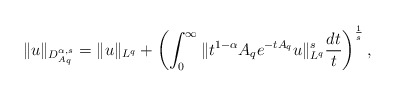
\begin{align*}\|u\|_{D_{A_{q}}^{\alpha,s}}=\|u\|_{L^{q}}+\left(\int_{0}^{\infty}\|t^{1-\alpha}A_{q}e^{-tA_{q}}u\|_{L^{q}}^{s}\frac{dt}{t}\right)^{\frac{1}{s}},\end{align*}